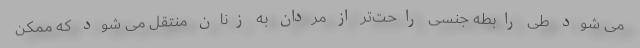
می شود طی رابطه جنسی راحت‌تر از مردان به زنان منتقل می شود که ممکن